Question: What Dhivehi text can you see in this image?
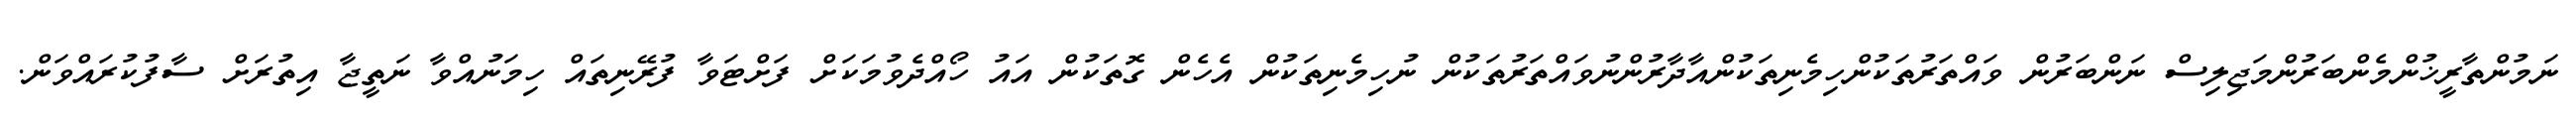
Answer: ނަމުންތާރީޚުންމެންބަރުންމަޖިލިސް ނަންބަރުން ވައްތަރުތަކުންހިމެނިތަކުންއާދާރުންނުވައްތަރުތަކުން ނުހިމެނިތަކުން އެހެން ގޮތަކުން އައު ހޯއްދެވުމަކަށް ފަށްޓަވާ ފުރޭނިތައް ހިމަނުއްވާ ނަތީޖާ އިތުރަށް ސާފުކުރައްވަން.